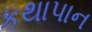
કથાપાન